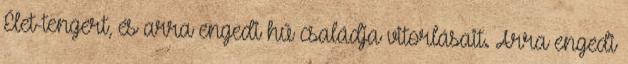
Élet-tengert, és arra engedi hű családja vitorlásait. Arra engedi